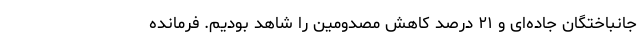
جانباختگان جاده‌ای و ۲۱ درصد کاهش مصدومین را شاهد بودیم. فرمانده